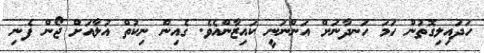
ހަދައިލިގޮތުން ހަމަ ހަނދާނަށް އަންނަނީ ކައިޒާންއެވެ. ގެއިން ނިކުތް އުލާއަށް ޖޯން ފެނި